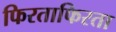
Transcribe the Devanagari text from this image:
फिरताफिरता